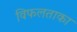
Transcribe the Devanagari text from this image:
विफलताका